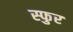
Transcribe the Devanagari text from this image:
स्‍फुर